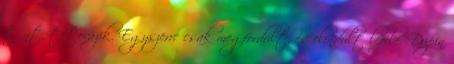
tűnt, tétovázik. Egyszerre csak megfordult, és elindult lefelé. Dupin